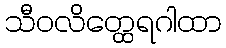
သီဝလိတ္ထေရဂါထာ